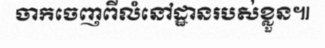
ចាកចេញពីលំនៅដ្ឋានរបស់ខ្លួន៕